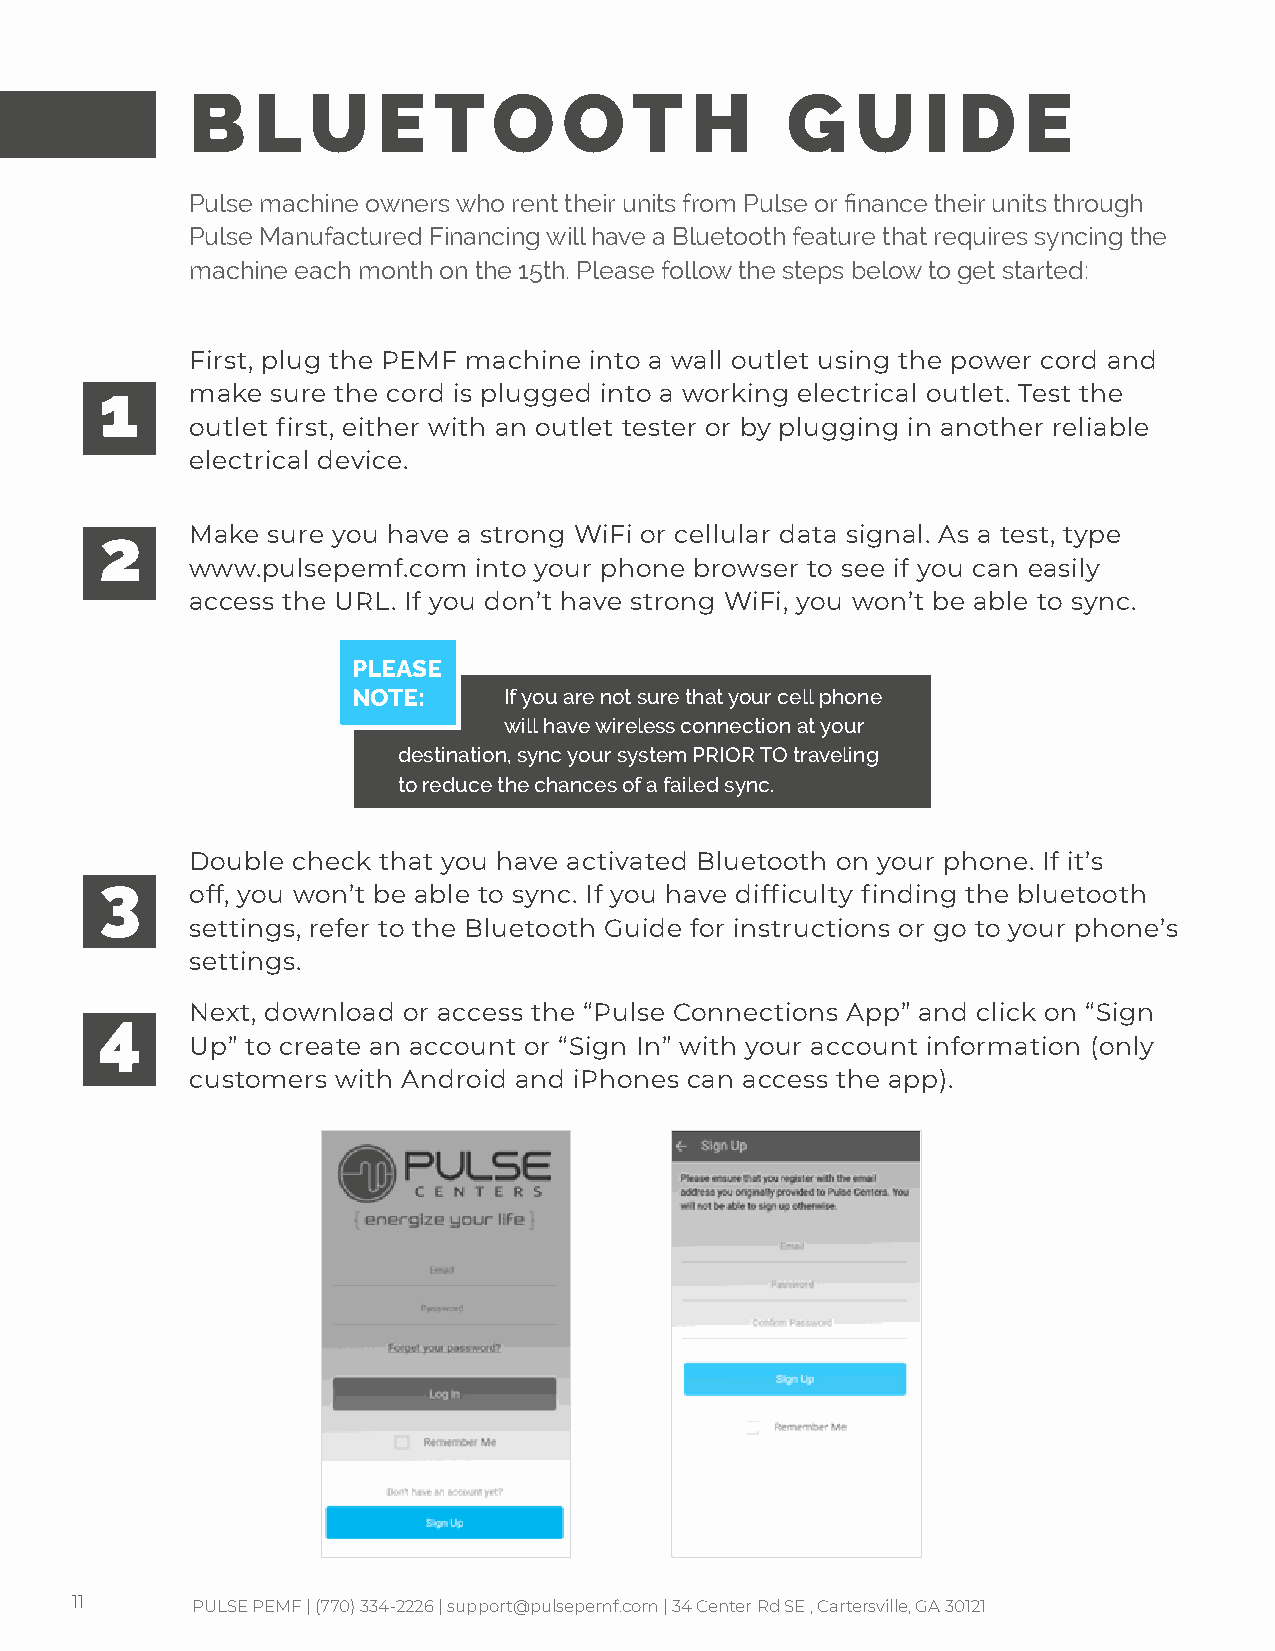
B   L  U    E   T   O   O    T   H     G    U   I D    E
 Pulse machine owners who rent their units from Pulse or finance their units through
 Pulse Manufactured Financing will have a Bluetooth feature that requires syncing the
 machine each month on the 15th. Please follow the steps below to get started:
 First, plug the PEMF machine into a wall outlet using the power cord and
 1     make sure the cord is plugged into a working electrical outlet. Test the
 outlet first, either with an outlet tester or by plugging in another reliable
 electrical device.
 2     Make sure you have a strong WiFi or cellular data signal. As a test, type
 www.pulsepemf.com into your phone browser to see if you can easily
 access the URL. If you don’t have strong WiFi, you won’t be able to sync.
 PLEASE
 NOTE:     If you are not sure that your cell phone
 will have wireless connection at your
 destination, sync your system PRIOR TO traveling
 to reduce the chances of a failed sync.
 Double check that you have activated Bluetooth on your phone. If it’s
 3
 off, you won’t be able to sync. If you have difficulty finding the bluetooth
 settings, refer to the Bluetooth Guide for instructions or go to your phone’s
 settings.
 4     Next, download or access the “Pulse Connections App” and click on “Sign
 Up” to create an account or “Sign In” with your account information (only
 customers with Android and iPhones can access the app).
 11      PULSE PEMF | (770) 334-2226 | support@pulsepemf.com | 34 Center Rd SE , Cartersville, GA 30121